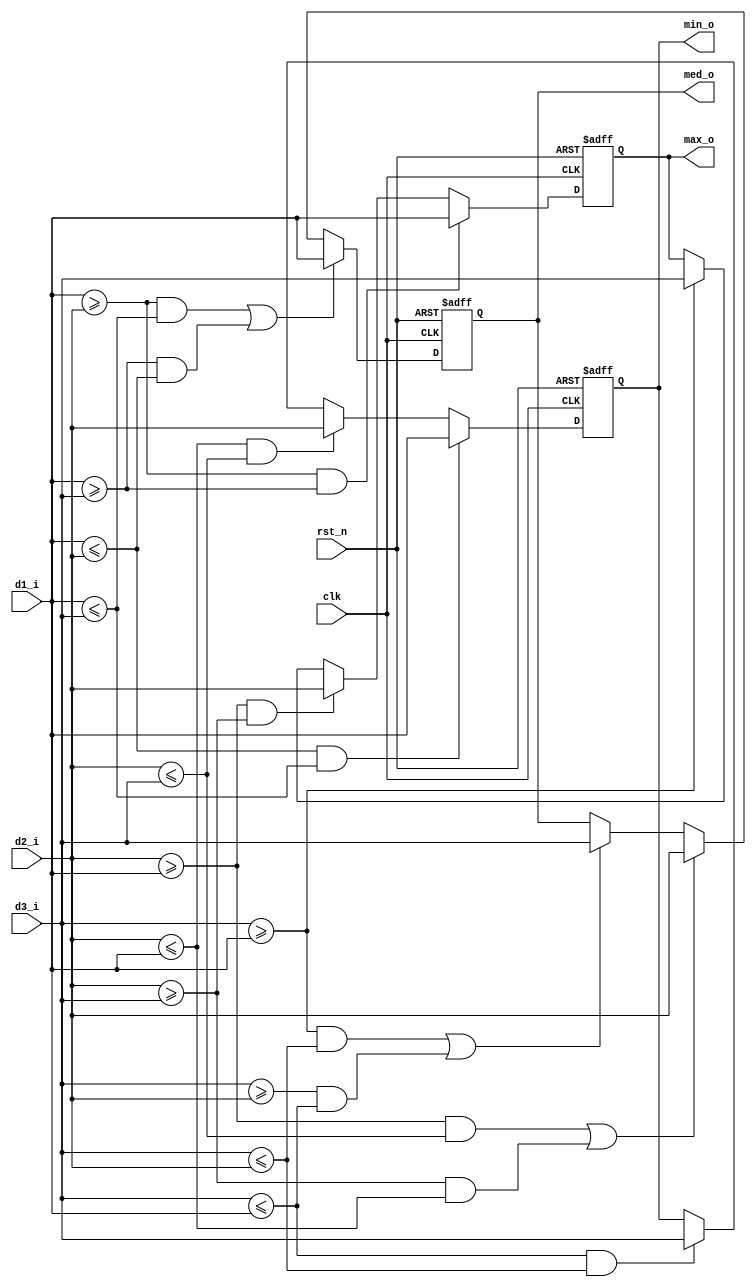
module sort(
    input clk,
    input rst_n,

    input [7:0] d1_i,
    input [7:0] d2_i,
    input [7:0] d3_i,

    output reg [7:0] max_o,
    output reg [7:0] med_o,
    output reg [7:0] min_o
);

always @(posedge clk or negedge rst_n) begin
    if (!rst_n)
        max_o   <= 8'd0;
    else if (d1_i >= d2_i && d1_i >= d3_i) 
        max_o   <= d1_i;
    else if (d2_i >= d1_i && d2_i >= d3_i)
        max_o   <= d2_i;
    else if (d3_i >= d1_i && d3_i >= d1_i)
        max_o   <= d3_i;
end

always @(posedge clk or negedge rst_n) begin
    if (!rst_n)
        med_o   <= 8'd0;
    else if ((d1_i >= d2_i && d1_i <= d3_i) || (d1_i >= d3_i && d1_i <= d2_i)) 
        med_o   <= d1_i;
    else if ((d2_i >= d1_i && d2_i <= d3_i) || (d2_i >= d3_i && d2_i <= d1_i))
        med_o   <= d2_i;
    else if ((d3_i >= d1_i && d3_i <= d2_i) || (d3_i >= d2_i && d3_i <= d1_i))       
        med_o   <= d3_i;
end

always @(posedge clk or negedge rst_n) begin
    if (!rst_n)
        min_o   <= 8'd0;
    else if (d1_i <= d2_i && d1_i <= d3_i) 
        min_o   <= d1_i;
    else if (d2_i <= d1_i && d2_i <= d3_i)
        min_o   <= d2_i;
    else if (d3_i <= d1_i && d3_i <= d2_i)
        min_o   <= d3_i;
end
endmodule